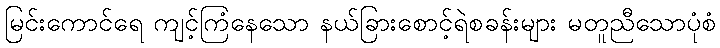
မြင်းကောင်ရေ ကျင့်ကြံနေသော နယ်ခြားစောင့်ရဲစခန်းများ မတူညီသောပုံစံ